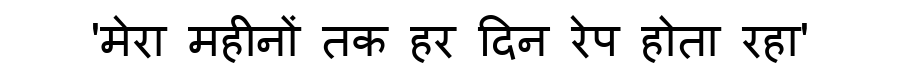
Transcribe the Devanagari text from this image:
'मेरा महीनों तक हर दिन रेप होता रहा'